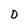
Character: 0